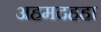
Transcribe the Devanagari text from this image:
अहमदहहा